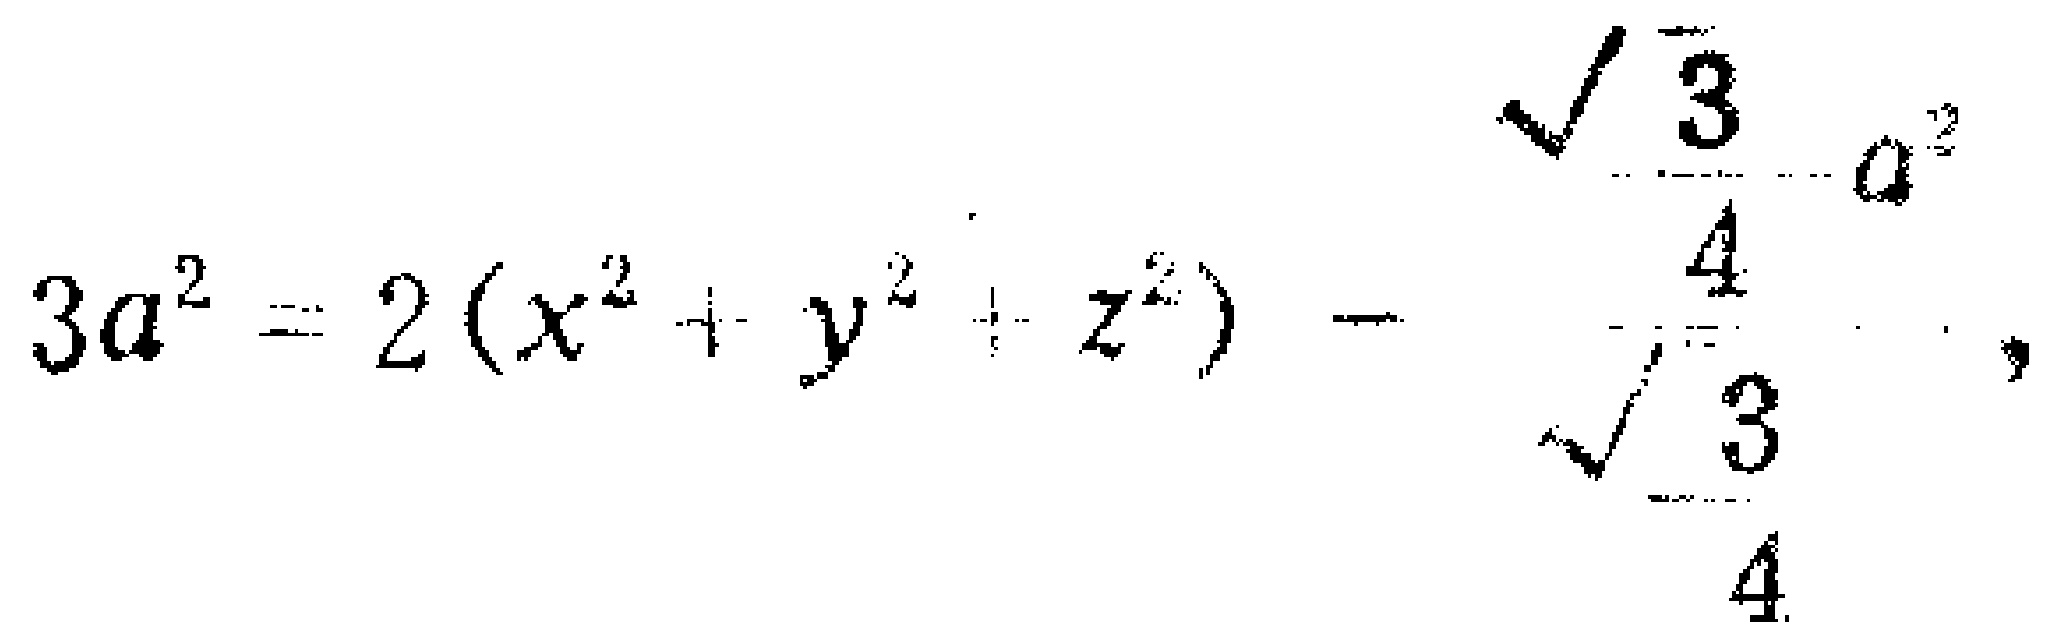
\[3a^{2}=2(x^{2}+y^{2}+z^{2})-\frac{\frac{\sqrt{3}}{4}a^{2}}{\frac{\sqrt{3}}{4}},\]